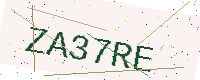
Text: ZA37RE